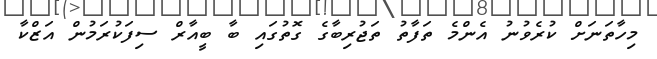
މިހާތަނަށް ކުރެވުނު އެންމެ ތަފާތު ތަޖުރިބާގެ ގޮތުގައި ބާ ބީއާރް ސިފަކުރަމުން އަޒްކާ